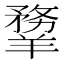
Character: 𦏃